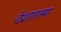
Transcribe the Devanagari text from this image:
देशातल्‍या